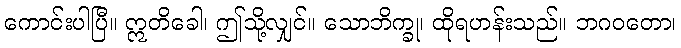
ကောင်းပါပြီ။ ဣတိခေါ၊ ဤသို့လျှင်။ သောဘိက္ခု၊ ထိုရဟန်းသည်။ ဘဂဝတော၊